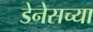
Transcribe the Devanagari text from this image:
डेनेसच्या